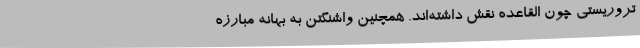
تروریستی چون القاعده نقش داشته‌اند. همچنین واشنگتن به بهانه مبارزه